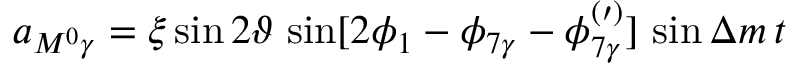
a _ { M ^ { 0 } \gamma } = \xi \sin 2 { \vartheta } \, \sin [ 2 \phi _ { 1 } - \phi _ { 7 \gamma } - \phi _ { 7 \gamma } ^ { ( \prime ) } ] \, \sin \Delta m \, t